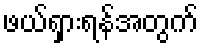
ဖယ်ရှားရန်အတွက်